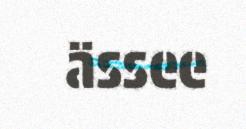
ässee